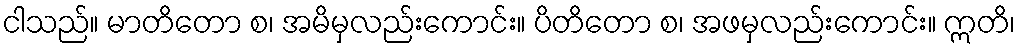
ငါသည်။ မာတိတော စ၊ အမိမှလည်းကောင်း။ ပိတိတော စ၊ အဖမှလည်းကောင်း။ ဣတိ၊